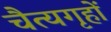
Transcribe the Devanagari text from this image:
चैत्यगृहों